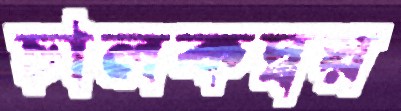
চালকদ্বয়